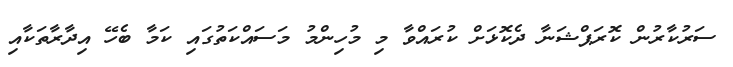
ސަރުކާރުން ކޮރަޕްޝަނާ ދެކޮޅަށް ކުރައްވާ މި މުހިންމު މަސައްކަތުގައި ކަމާ ބެހޭ އިދާރާތަކާއި